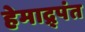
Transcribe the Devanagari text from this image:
हेमाद्र्पंत